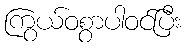
ကြွယ်ဝစွာပါဝင်ပြီး